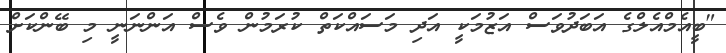
"ބީއެމްއެލްގެ އަބަދުވަސް އަޒުމަކީ އަދި މަސައްކަތް ކުރަމުން ވެސް އަންނަނީ މި ބޭންކަށް